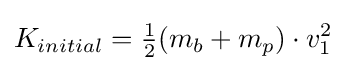
K_{initial}={\begin{matrix}{\frac {1}{2}}\end{matrix}}(m_{b}+m_{p})\cdot v_{1}^{2}